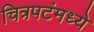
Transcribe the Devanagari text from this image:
चित्रपटंमध्ये